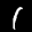
Label: 1